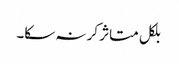
بلکل متاثر کر نہ سکا۔